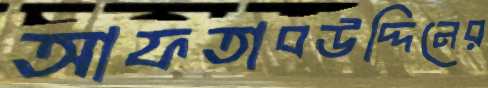
আফতাবউদ্দিনের